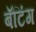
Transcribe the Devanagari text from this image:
बॅटिंग